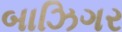
બાઝિગર